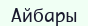
Айбары